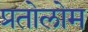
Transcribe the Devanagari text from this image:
प्रतोलोम